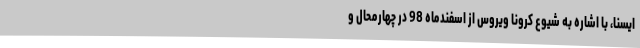
ایسنا، با اشاره به شیوع کرونا ویروس از اسفندماه 98 در چهارمحال و